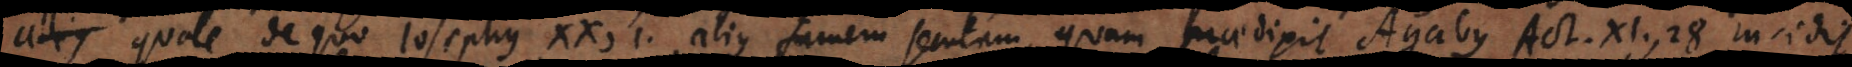
ius quale de quo Josephus XX, 1, alius famem secutam, quam praedixit Agabus Act. XI, 28. Incidit